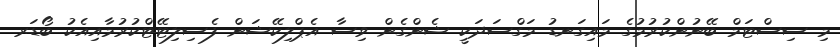
މި ސިސްޓަމް ބޭނުންކުރުމުގެ މައިގަނޑު މަގްސަދަކީ ޝެންގެން ވިސާ އެޕްލިކޭޝަން ފެސިލިޓޭޓްކުރުމާއިއެކު ބޯޑަރ